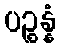
ပဉ္စန္နံ